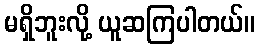
မရှိဘူးလို့ ယူဆကြပါတယ်။